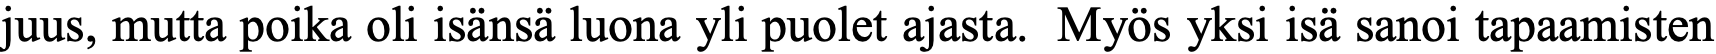
juus, mutta poika oli isänsä luona yli puolet ajasta. Myös yksi isä sanoi tapaamisten